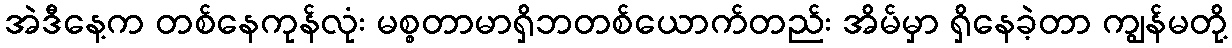
အဲဒီနေ့က တစ်နေကုန်လုံး မစ္စတာမာရှိဘတစ်ယောက်တည်း အိမ်မှာ ရှိနေခဲ့တာ ကျွန်မတို့